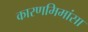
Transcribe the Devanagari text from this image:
कारणमिमांसा